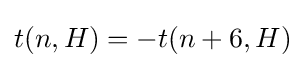
t(n,H)=-t(n+6,H)